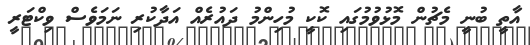
އާތީ ބުނީ މެޗުން މޮޅުވުމުގައި ކޮކީ މުހިންމު ދައުރެއް އަދާކުރި ނަމަވެސް ވިކްޓަރީ